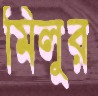
মিলুর